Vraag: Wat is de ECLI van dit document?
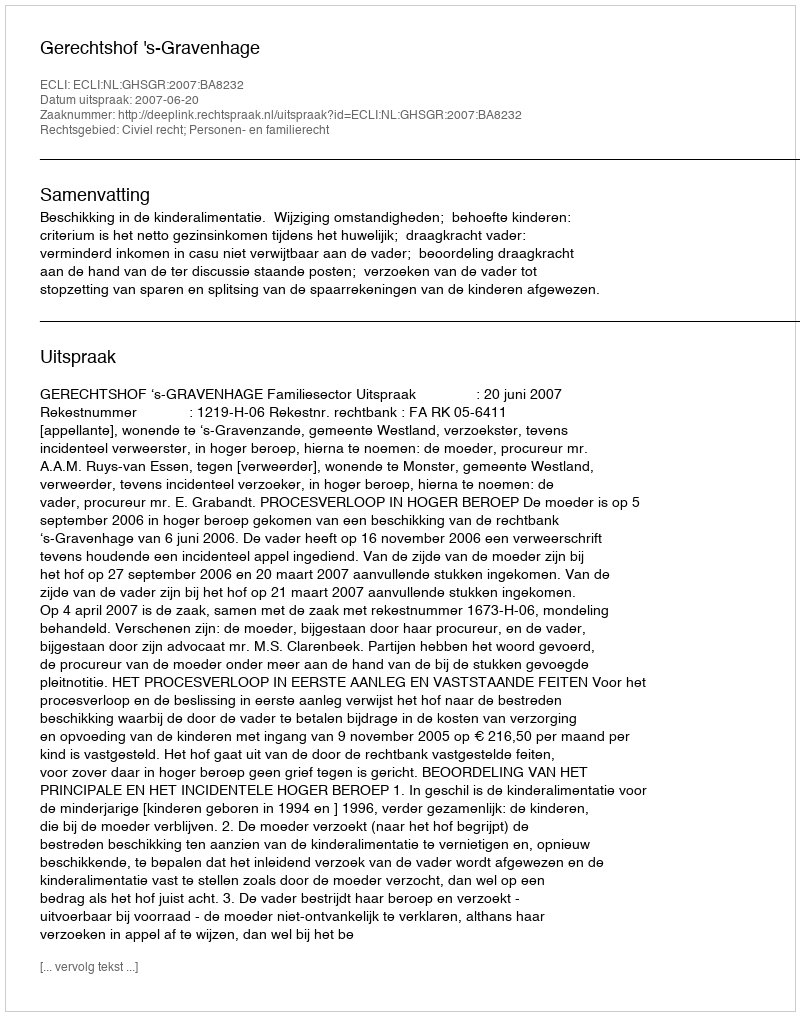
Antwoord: ECLI:NL:GHSGR:2007:BA8232